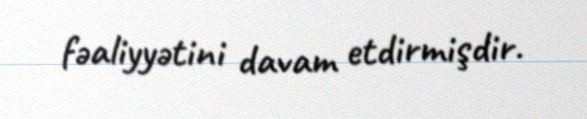
fəaliyyətini davam etdirmişdir.